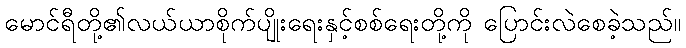
မောင်ရီတို့၏လယ်ယာစိုက်ပျိုးရေးနှင့်စစ်ရေးတို့ကို ပြောင်းလဲစေခဲ့သည်။